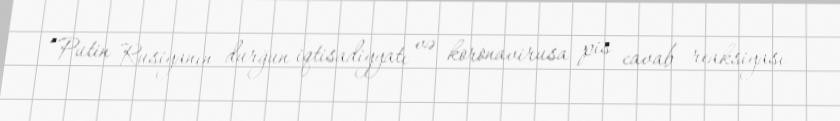
“Putin Rusiyanın durğun iqtisadiyyatı və koronavirusa pis cavab reaksiyası